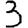
Digit: 3